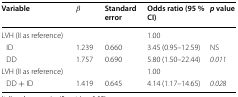
<table><thead><tr><td><b>Variable</b></td><td><b><i>β</i></b></td><td><b>Standard error</b></td><td><b>Odds ratio (95 % CI)</b></td><td><b><i>p</i> value</b></td></tr></thead><tbody><tr><td>LVH (II as reference)</td><td></td><td></td><td>1.00</td><td></td></tr><tr><td> ID</td><td>1.239</td><td>0.660</td><td>3.45 (0.95–12.59)</td><td>NS</td></tr><tr><td> DD</td><td>1.757</td><td>0.690</td><td>5.80 (1.50–22.44)</td><td><i>0.011</i></td></tr><tr><td>LVH (II as reference)</td><td></td><td></td><td>1.00</td><td></td></tr><tr><td> DD + ID</td><td>1.419</td><td>0.645</td><td>4.14 (1.17–14.65)</td><td><i>0.028</i></td></tr></tbody></table>